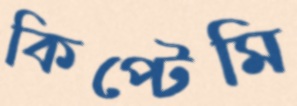
কিপ্টেমি